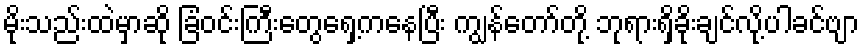
မိုးသည်းထဲမှာဆို ခြံဝင်းကြီးတွေရှေ့ကနေပြီး ကျွန်တော်တို့ ဘုရားရှိခိုးချင်လို့ပါခင်ဗျာ